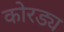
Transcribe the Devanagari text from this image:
कोरड्य